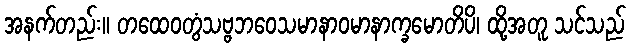
အနက်တည်း။ တထေဝတွံသဗ္ဗဘဝေသမာနာဝမာနာက္ခမောတိပိ၊ ထို့အတူ သင်သည်